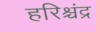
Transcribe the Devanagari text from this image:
हरिश्चंद्र